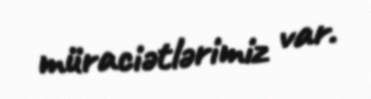
müraciətlərimiz var.